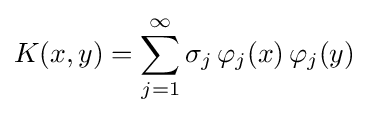
K(x,y)=\sum _{j=1}^{\infty }\sigma _{j}\,\varphi _{j}(x)\,\varphi _{j}(y)